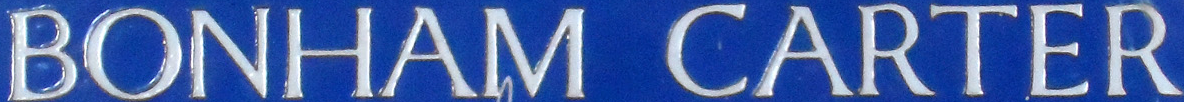
BONHAM CARTER